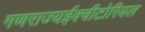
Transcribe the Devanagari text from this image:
गणराज्यईक्वीटोरियल